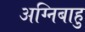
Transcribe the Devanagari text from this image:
अग्निबाहु